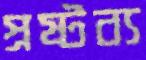
প্রষ্টব্য